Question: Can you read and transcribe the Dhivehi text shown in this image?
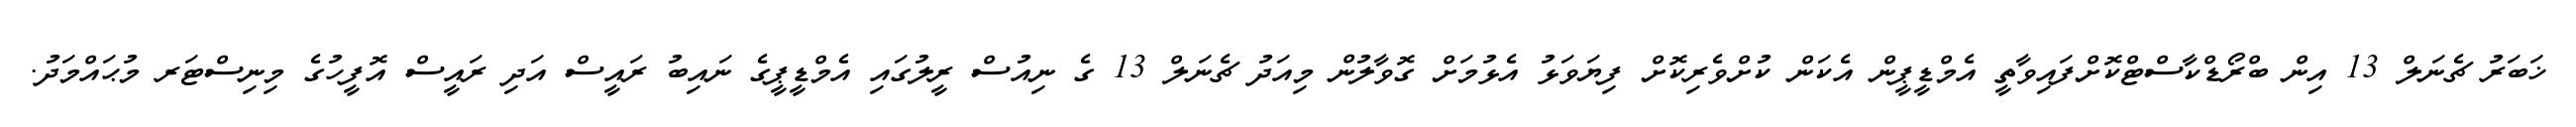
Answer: ޚަބަރު ޗެނަލް 13 އިން ބްރޯޑްކާސްޓްކޮށްފައިވާތީ އެމްޑީޕީން އެކަން ކުށްވެރިކޮށް ފިޔަވަޅު އެޅުމަށް ގޮވާލުން މިއަދު ޗެނަލް 13 ގެ ނިއުސް ރީލުގައި އެމްޑީޕީގެ ނައިބު ރައީސް އަދި ރައީސް އޮފީހުގެ މިނިސްޓަރ މުޙައްމަދު.